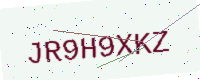
Text: JR9H9XKZ